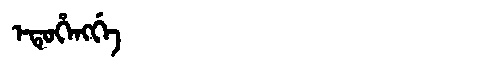
Manchu: ᡝᡨᡠᡥᡝᠩᡤᡝ
Romanization: ETUHENGGE